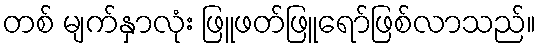
တစ် မျက်နှာလုံး ဖြူဖတ်ဖြူရော်ဖြစ်လာသည်။